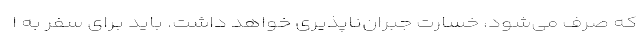
که صرف می‌شود، خسارت جبران‌ناپذیری خواهد داشت. باید برای سفر به ا